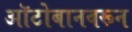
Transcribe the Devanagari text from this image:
ऑटोबानवरून